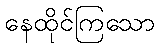
နေထိုင်ကြသော